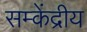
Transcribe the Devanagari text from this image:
सम्केंद्रीय